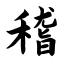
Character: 稽